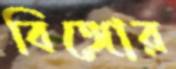
বিঙ্গোর